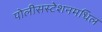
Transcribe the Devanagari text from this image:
पोलीसस्टेशनमधिल